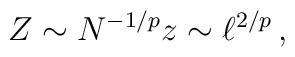
Z \sim N^{-1/p} z\sim \ell^{2/p}\, ,